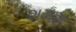
શમશ